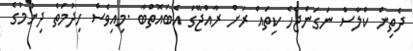
ދެތިން ކްލާސް ނަގަންޖެހެ ކިތައް ރަށް ރާއްޖޭގަ އެބައޮތްބާ .މިއިވެސް ހިދުމަތް ދިނުމުގެ